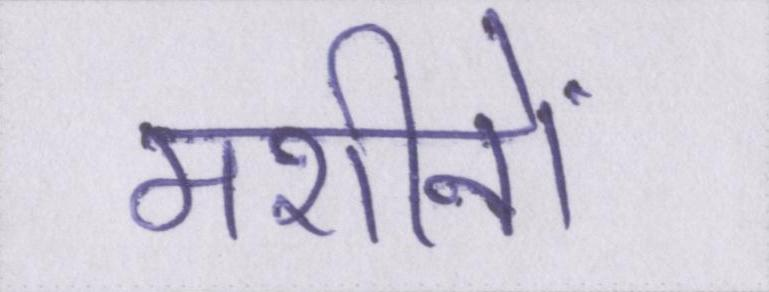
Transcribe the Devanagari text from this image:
मशीनों